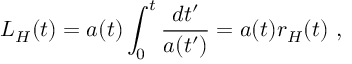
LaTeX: L _ { H } ( t ) = a ( t ) \int _ { 0 } ^ { t } \frac { d t ^ { \prime } } { a ( t ^ { \prime } ) } = a ( t ) r _ { H } ( t ) \ ,